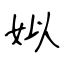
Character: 姒